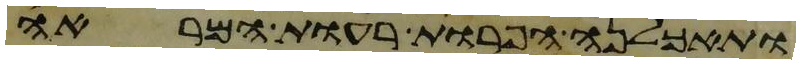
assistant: ותאכלנה הפרות רעות המראה